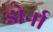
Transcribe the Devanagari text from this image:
डोर्ना